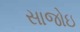
સાજોઇ